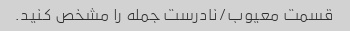
قسمت معیوب/نادرست جمله را مشخص کنید.